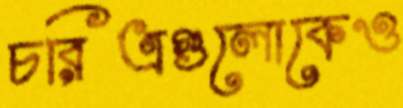
চরিত্রগুলোকেও